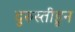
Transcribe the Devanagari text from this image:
दुरुस्तीहून